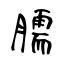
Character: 臑